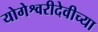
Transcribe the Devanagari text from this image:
योगेश्वरीदेवीच्या